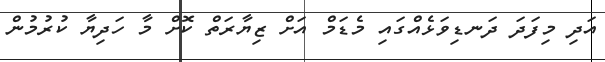
އަދި މިފަދަ ދަނޑިވަޅެއްގައި މެޑަމް އަށް ޒިޔާރަތް ކޮށް މާ ހަދިޔާ ކުރުމުން